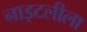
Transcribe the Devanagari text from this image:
नाइटलीला